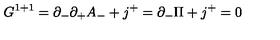
G ^ { 1 + 1 } = \partial _ { - } \partial _ { + } A _ { - } + j ^ { + } = \partial _ { - } \Pi + j ^ { + } = 0